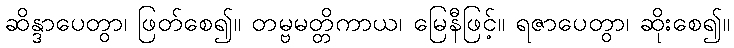
ဆိန္ဒာပေတွာ၊ ဖြတ်စေ၍။ တမ္ဗမတ္တိကာယ၊ မြေနီဖြင့်။ ရဇာပေတွာ၊ ဆိုးစေ၍။